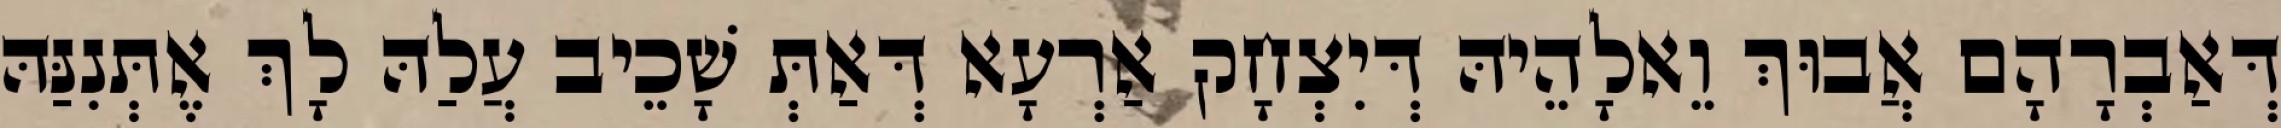
דְּאַבְרָהָם אֲבוּךְ וֵאלָהֵיהּ דְּיִצְחָק אַרְעָא דְּאַתְּ שָׁכֵיב עֲלַהּ לָךְ אֶתְּנִנַּהּ